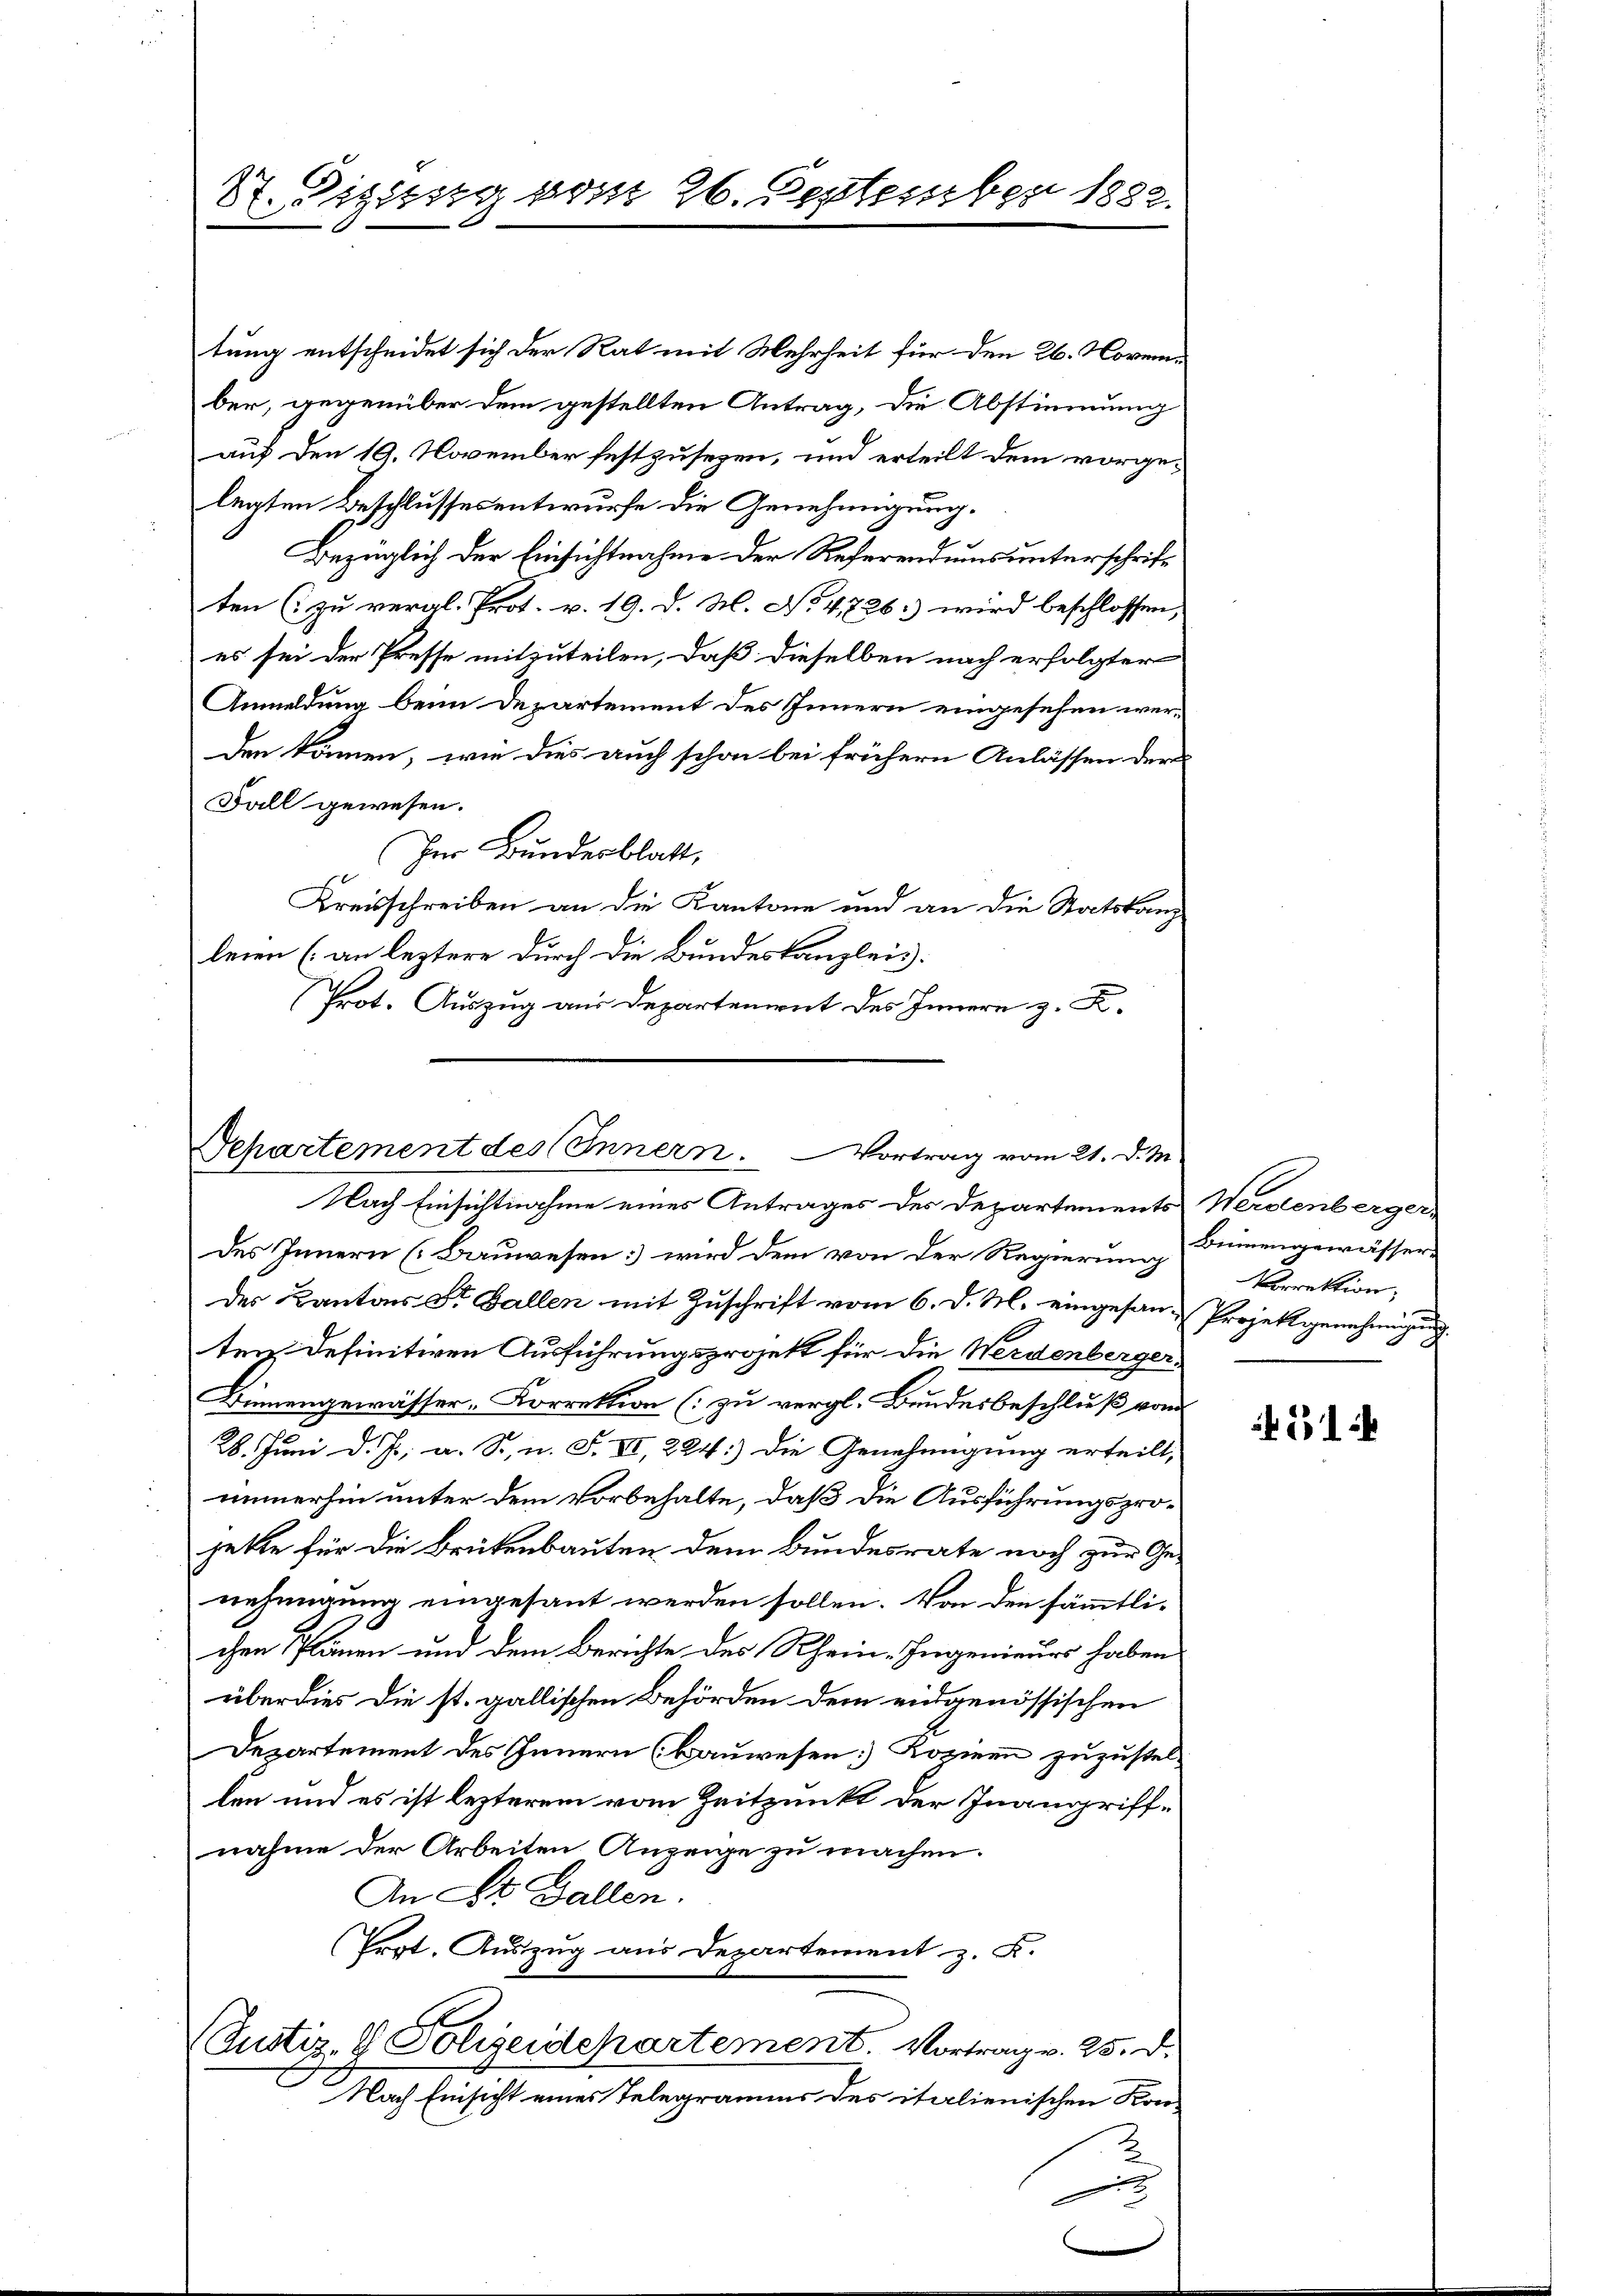
St. Dietig vom 26. September 1882.

tung entscheidet sich der Rat mit Mehrheit für den 26. November, gegenüber dem gestellten Antrag, die Abstimmung
.
auf den 19. November festzusezen, und erteilt dem vorgelegten Beschlussesentwurfe die Genehmigung.
Bezüglich der Einsichtnahme der Referendums unterschrift
ten (zu vergl. Prot. v. 19. d. M. No 4,726: wird beschlossen,
es sei der Presse mitzuteilen, daß dieselben nach erfolgter
Anmeldung beim Departement des Innern eingesehen werden können, wie dies auch schon bei frühern Anlassen der
Fall gewesen.
Im Bundesblatt,
Kreisschreiben an die Kantone und an die Statskanz-
leien (an leztere durch die Bundeskanzlei
Prot. Auszug aus Departement des Innern z. K.

Departement des Innern. Vortrag vom 21. d. M.

Nach Einsichtnahme eines Antrages des Departement
des Innern [Bauwesen wird dem von der Regierung
des Kantons St. Gallen mit Zuschrift vom 6. d. M. eingesan-Projekt genehmigung
ten definitiven Ausführungsprojekt für die Werdenberger-
Binnengewässer-Korrektion (zu vergl. Bundesbeschluß vor
28. Juni d. Js. a. S. n. F. VI, 224) Die Genehmigung erteilt,
immerhin unter dem Vorbehalte, daß die Ausführungsprojette für die Brütenbauten dem Bundesrate noch zur Ge
nehmigung eingesant werden sollen. Von den sämmtli-
chen Plänen und dem Berichte des Rhein-Ingenieurs haben
überdies die st. gallischen Behörden dem eidgenössischen
Departement des Innern (Bauwesen) Kozinen zuzuste
len und es ist lezterem vom Zeitpunkt der Inangriffnahme der Arbeiten Anzeige zu machen.
An St. Gallen.
(Ergt. Auszug aus Departement z. K.
Justiz- & Polizeidchartement. Vortrag v. 25. d.
Nach Einsicht eines Telegramms des italienischen Kon

2) Werdenberger
Binnengewässer-
Vorrektion,

1